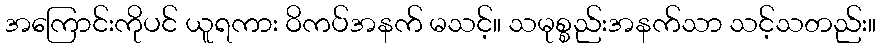
အကြောင်းကိုပင် ယူရကား ဝိကပ်အနက် မသင့်။ သမုစ္စည်းအနက်သာ သင့်သတည်း။